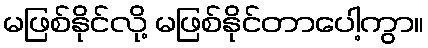
မဖြစ်နိုင်လို့ မဖြစ်နိုင်တာပေါ့ကွာ။